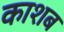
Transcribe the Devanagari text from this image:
काशब